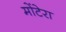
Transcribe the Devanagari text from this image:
मोंटेरा